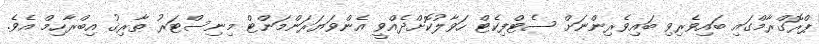
ޕްރޮގްރާމްގައި ބައިވެރިވި ބައިވެރިންނަށް ސެޓްފިކެޓް ހަވާލުކޮށްދެއްވީ އެންވަޔަރަންމަންޓް މިނިސްޓަރު ޠާރިޤު އިބްރާހިމް އެވެ.